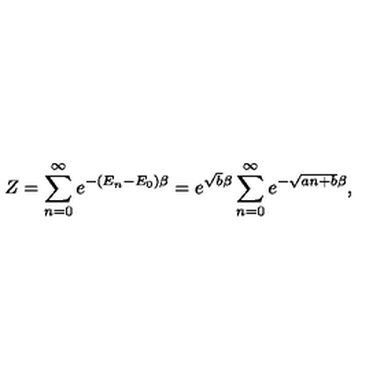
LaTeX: Z = \sum _ { n = 0 } ^ { \infty } e ^ { - ( E _ { n } - E _ { 0 } ) \beta } = e ^ { \sqrt { b } \beta } \sum _ { n = 0 } ^ { \infty } e ^ { - \sqrt { a n + b } \beta } ,